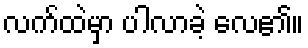
လက်ထဲမှာ ပါလာခဲ့ လေ၏။